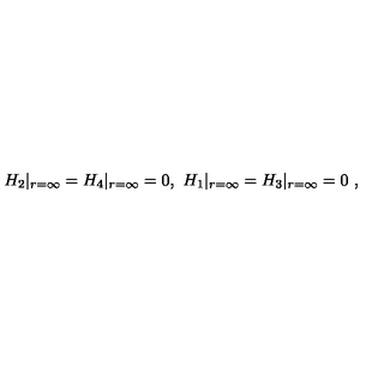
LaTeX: H _ { 2 } | _ { r = \infty } = H _ { 4 } | _ { r = \infty } = 0 , \ H _ { 1 } | _ { r = \infty } = H _ { 3 } | _ { r = \infty } = 0 \ ,